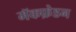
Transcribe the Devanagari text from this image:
मॅकफ़ेडन